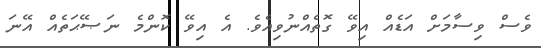
ވެސް ވިސާމަށް އަޑެއް އިވޭ ގޮތެއްނުވިއެވެ. އެ އިވޭ ކޮންމެ ނަޞޭޙަތެއް އޭނަ